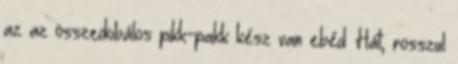
az az összedobálos pikk-pakk kész van ebéd. Hát, rosszul